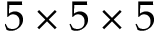
5 \times 5 \times 5